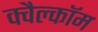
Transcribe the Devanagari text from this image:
क्वैल्कॉम